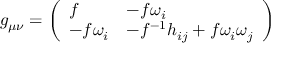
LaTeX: g _ { \mu \nu } = \left( \begin{array} { l l } { { f } } & { { - f \omega _ { i } } } \\ { { - f \omega _ { i } } } & { { - f ^ { - 1 } h _ { i j } + f \omega _ { i } \omega _ { j } } } \end{array} \right)